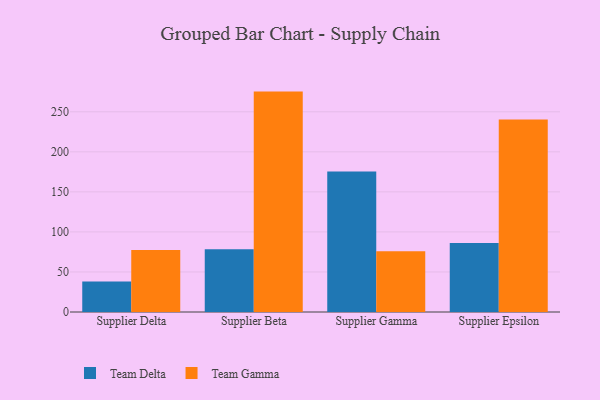
{"axis": {"x": "Supplier", "y": "Gross Profit (USD K)"}, "legend": ["Team Delta", "Team Gamma"], "data": [{"x": "Supplier Delta", "y": 38.2, "type": "Team Delta"}, {"x": "Supplier Delta", "y": 77.4, "type": "Team Gamma"}, {"x": "Supplier Beta", "y": 78.3, "type": "Team Delta"}, {"x": "Supplier Beta", "y": 275.2, "type": "Team Gamma"}, {"x": "Supplier Gamma", "y": 175.3, "type": "Team Delta"}, {"x": "Supplier Gamma", "y": 76.0, "type": "Team Gamma"}, {"x": "Supplier Epsilon", "y": 86.1, "type": "Team Delta"}, {"x": "Supplier Epsilon", "y": 240.4, "type": "Team Gamma"}]}